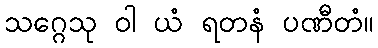
သဂ္ဂေသု ဝါ ယံ ရတနံ ပဏီတံ။